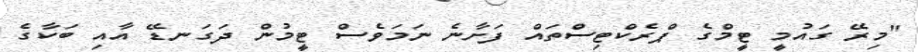
"މިރޭ ގައުމީ ޓީމްގެ ޕްރެކްޓިސްތައް ފަށާނެ ނަމަވެސް ޓީމުން ދަގަނޑޭ އާއި ބަކާގެ